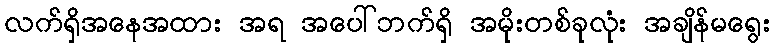
လက်ရှိအနေအထား အရ အပေါ်ဘက်ရှိ အမိုးတစ်ခုလုံး အချိန်မရွေး